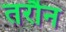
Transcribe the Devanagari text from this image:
तरौन